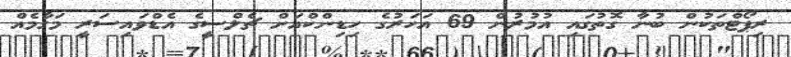
ރިޕޯޓްތަކުން ބުނާ ގޮތުގައި އުމުރުން 69 އަހަރުގެ ހިޑިންކްއަށް ޗެލްސީގެ އެޑްވައިސަރީ މަގާމެއް